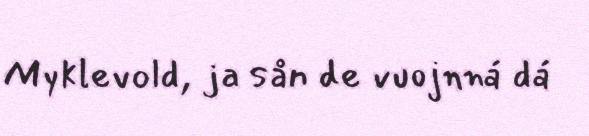
Myklevold, ja sån de vuojnná dá